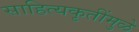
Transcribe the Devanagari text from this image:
साहित्यकृतींमुळे